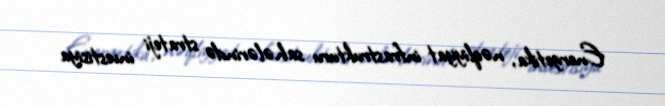
Energetika, nəqliyyat infrastrukturu sahələrində strateji investisiya